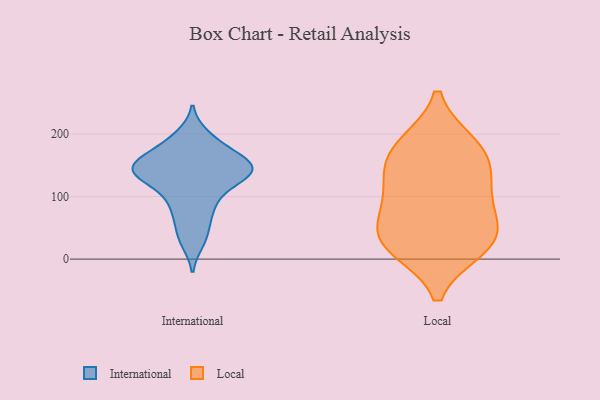
{"axis": {"x": "Production Output", "y": "Value"}, "legend": ["International", "Local"], "data": [{"x": "", "y": 146, "type": "International"}, {"x": "", "y": 148, "type": "International"}, {"x": "", "y": 27, "type": "International"}, {"x": "", "y": 114, "type": "International"}, {"x": "", "y": 147, "type": "International"}, {"x": "", "y": 148, "type": "International"}, {"x": "", "y": 170, "type": "International"}, {"x": "", "y": 184, "type": "International"}, {"x": "", "y": 122, "type": "International"}, {"x": "", "y": 139, "type": "International"}, {"x": "", "y": 156, "type": "International"}, {"x": "", "y": 198, "type": "International"}, {"x": "", "y": 79, "type": "International"}, {"x": "", "y": 85, "type": "International"}, {"x": "", "y": 48, "type": "International"}, {"x": "", "y": 133, "type": "International"}, {"x": "", "y": 140, "type": "Local"}, {"x": "", "y": 184, "type": "Local"}, {"x": "", "y": 18, "type": "Local"}, {"x": "", "y": 31, "type": "Local"}, {"x": "", "y": 73, "type": "Local"}, {"x": "", "y": 32, "type": "Local"}, {"x": "", "y": 116, "type": "Local"}, {"x": "", "y": 87, "type": "Local"}, {"x": "", "y": 183, "type": "Local"}, {"x": "", "y": 26, "type": "Local"}, {"x": "", "y": 156, "type": "Local"}]}